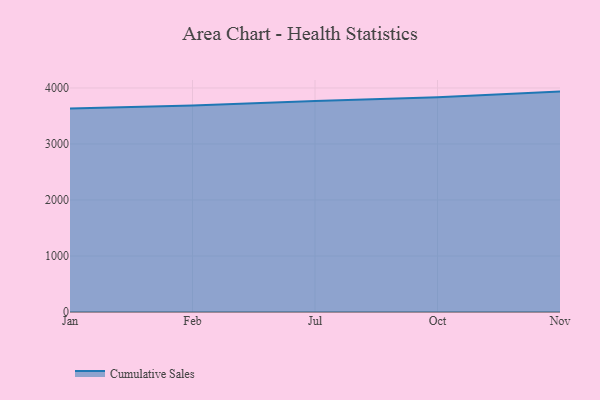
{"axis": {"x": "Month", "y": "Humidity (%)"}, "legend": ["Cumulative Sales"], "data": [{"x": "Jan", "y": 3633.3, "type": "Cumulative Sales"}, {"x": "Feb", "y": 3685.5, "type": "Cumulative Sales"}, {"x": "Jul", "y": 3767.0, "type": "Cumulative Sales"}, {"x": "Oct", "y": 3834.1, "type": "Cumulative Sales"}, {"x": "Nov", "y": 3935.0, "type": "Cumulative Sales"}]}